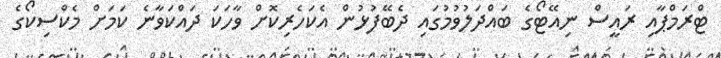
ޓްރަމްޕާއި ރަައީސް ނިއޭޓޯގެ ބައްދަލުވުމުގައި ދެބޭފުޅުން އެކަހެރިކޮށް ވާހަކަ ދައްކަވާނެ ކަމަށް މެކްސިކޯގެ